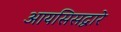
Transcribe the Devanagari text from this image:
आयसिसद्वारे